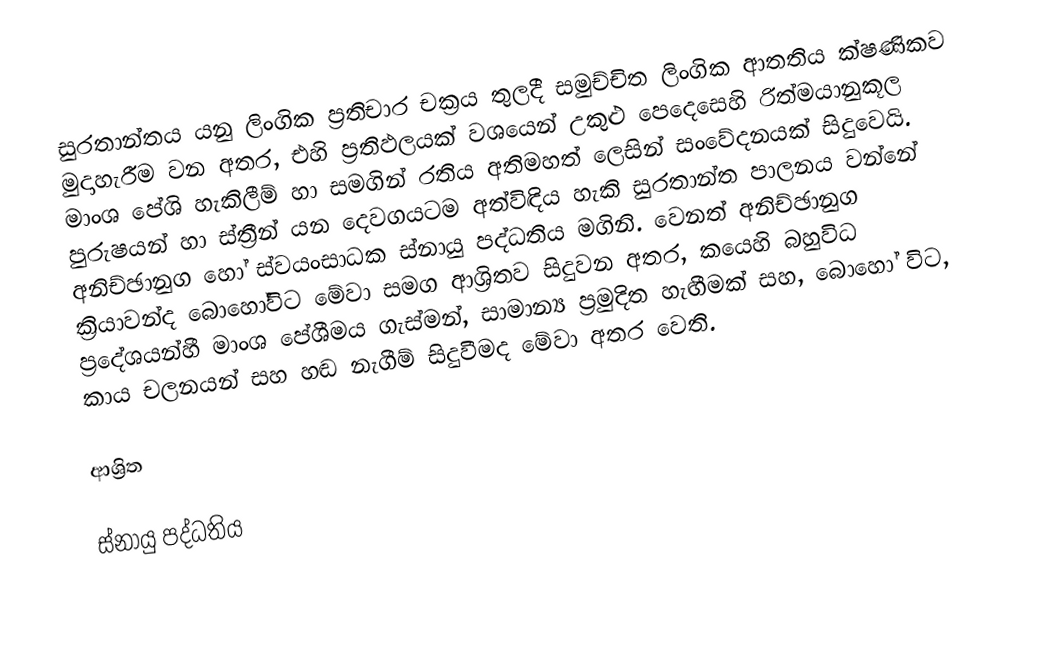
සුරතාන්තය   යනු  ලිංගික ප්‍රතිචාර චක්‍රය තුලදී සමුච්චිත ලිංගික ආතතිය ක්ෂණිකව මුදාහැරීම වන අතර, එහි ප්‍රතිඵලයක් වශයෙන් උකුළු පෙදෙසෙහි රිත්මයානුකූල මාංශ පේශි හැකිලීම් හා සමගින් රතිය අතිමහත් ලෙසින් සංවේදනයක් සිදුවෙයි.  පුරුෂයන් හා ස්ත්‍රීන් යන දෙවගයටම අත්විඳිය හැකි සුරතාන්ත පාලනය වන්නේ අනිච්ඡානුග හෝ  ස්වයංසාධක ස්නායු පද්ධතිය මගිනි. වෙනත් අනිච්ඡානුග ක්‍රියාවන්ද බොහෝවිට මේවා සමග ආශ්‍රිතව සිදුවන අතර, කයෙහි බහුවිධ ප්‍රදේශයන්හී මාංශ පේශීමය ගැස්මන්, සාමාන්‍ය ප්‍රමුදිත හැඟීමක් සහ, බොහෝ විට, කාය චලනයන් සහ හඬ නැගීම්   සිදුවීමද මේවා අතර වෙති.

ආශ්‍රිත

ස්නායු පද්ධතිය